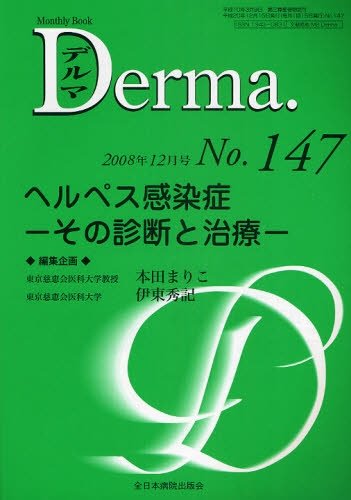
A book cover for Derma. No147 over the diagnosis and treatment of the herpes infection over (December '08) (2009) ISBN: 4881175963 [Japanese Import]; Health, Fitness & Dieting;